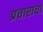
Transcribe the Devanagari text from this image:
प्रचाराचा